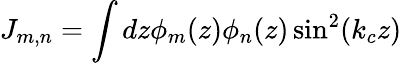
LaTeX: J_{m,n}=\int dz\phi_{m}(z)\phi_{n}(z)\sin^{2}(k_{c}z)